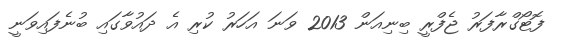
ފޮޓޯގްރާފަރު ޖެފްރީ ބިނިއަން 2013 ވަނަ އަހަރު ކުރި އެ ދައުވާގައި ބުނެފައިވަނީ